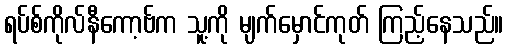
ရပ်စ်ကိုလ်နီကော့ဗ်က သူ့ကို မျက်မှောင်ကုတ် ကြည့်နေသည်။